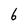
Character: 6